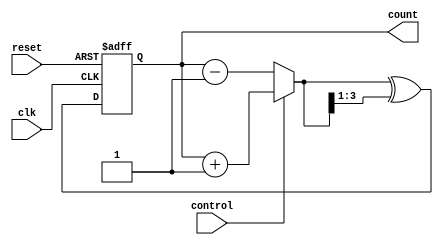
module GrayCounter (
  input clk,
  input reset,
  input control,
  output reg [3:0] count
);

reg [3:0] next_count;

always @(posedge clk or posedge reset) begin
  if (reset) begin
    count <= 4'b0000;
  end else begin
    if (control) begin
      next_count = count + 4'b0001;
    end else begin
      next_count = count - 4'b0001;
    end
    
    count <= next_count ^ (next_count >> 1);
  end
end

endmodule